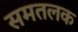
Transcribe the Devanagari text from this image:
समतलक